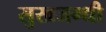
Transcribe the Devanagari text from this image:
सुखजग्धी